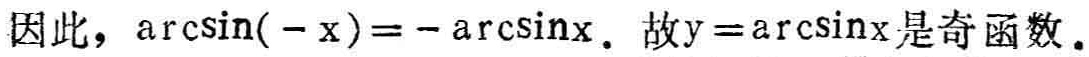
因此，\(\arcsin(-x)=-\arcsin x\). 故\(y = \arcsin x\)是奇函数.